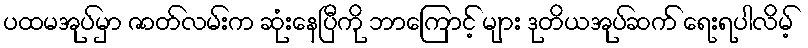
ပထမအုပ်မှာ ဇာတ်လမ်းက ဆုံးနေပြီကို ဘာကြောင့် များ ဒုတိယအုပ်ဆက် ရေးရပါလိမ့်